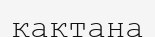
қақтана